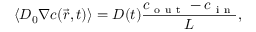
\langle D _ { 0 } \nabla c ( \vec { r } , t ) \rangle = D ( t ) \frac { c _ { \mathrm { ~ o ~ u ~ t ~ } } - c _ { \mathrm { ~ i ~ n ~ } } } { L } ,